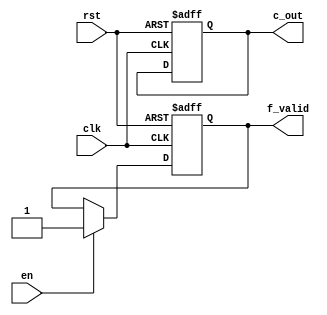
//fre_diff
module fre_diff(clk,en,rst,c_out,f_valid);
input en;
input clk;
input rst;
output c_out;
output f_valid;
reg [5:0] countd;
reg c_buff;
reg f_buff;
assign c_out=c_buff;
assign f_valid=f_buff;
always@(posedge clk or negedge rst)
begin
	if(!rst)
	begin
		countd<=0;
		c_buff<=0;
		f_buff<=0;
	end
	else if(en==1)
	begin
		if(countd==50)
		begin
			countd<=1;
			c_buff<=c_buff;
		end
		else
		begin
			countd=countd+1;
		end
		f_buff<=1;
	end
end
endmodule